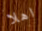
اهلا